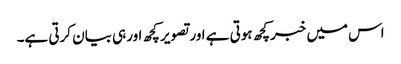
اس میں خبرکچھ ہوتی ہے اورتصویر کچھ اورہی بیان کرتی ہے۔